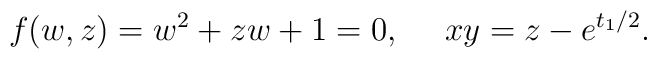
f(w,z)=w^2+zw+1=0,~~~~xy=z-e^{t_1/2}.